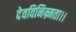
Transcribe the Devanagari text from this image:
देवविनिम्र्मता।।